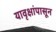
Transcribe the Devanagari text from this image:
यावृक्षांपासून